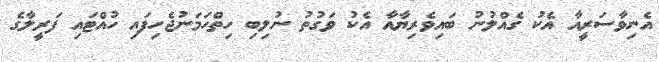
އެނިވާސަރީއާ އެކު ގެއްލުނު ބައިވެރިޔާއާ އެކު ވަގުތު ނުލިބި ހިތްހަމަނުޖެހިފައި ހުއްޓައި ފަރީލާގެ